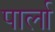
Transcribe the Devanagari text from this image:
पार्ला